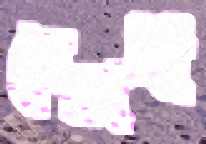
বেতাগী